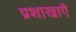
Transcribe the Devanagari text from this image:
प्रशाखाऍं